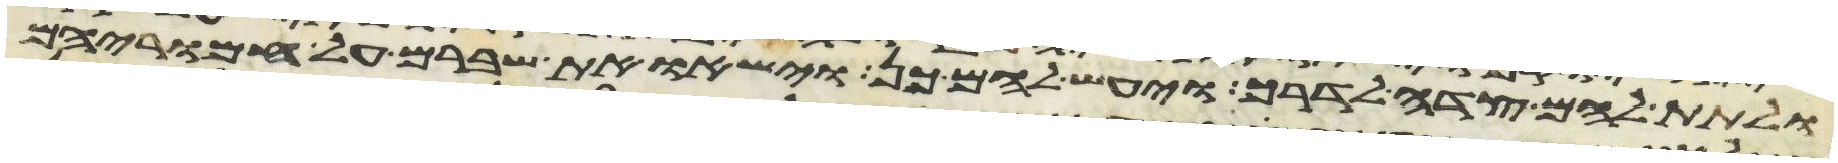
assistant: ולתת להם צדה לדרך ויעש להם כן וישאו את שברם על חמריהם